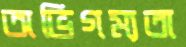
অভিগম্যতা